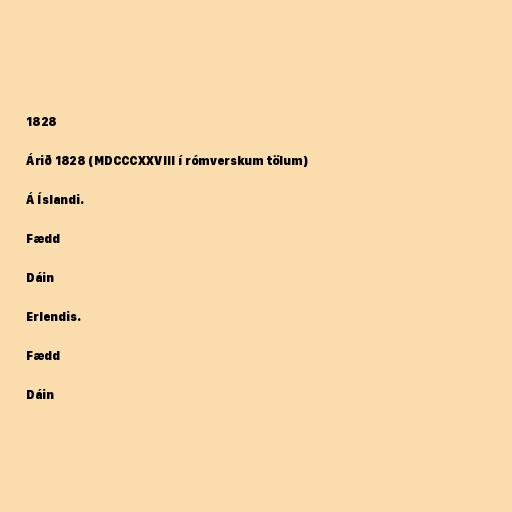
1828

Árið 1828 (MDCCCXXVIII í rómverskum tölum)

Á Íslandi.

Fædd

Dáin

Erlendis.

Fædd

Dáin